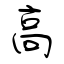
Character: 高